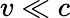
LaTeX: v\ll c